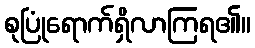
စုပြုံရောက်ရှိလာကြရ၏။